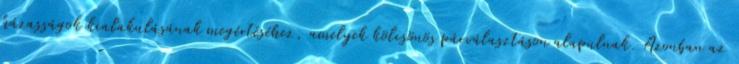
házasságok kialakulásának megértéséhez, amelyek kölcsönös párválasztáson alapulnak. Azonban az